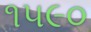
૧૫૯૦